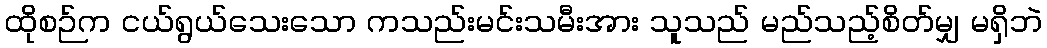
ထိုစဉ်က ငယ်ရွယ်သေးသော ကသည်းမင်းသမီးအား သူသည် မည်သည့်စိတ်မျှ မရှိဘဲ